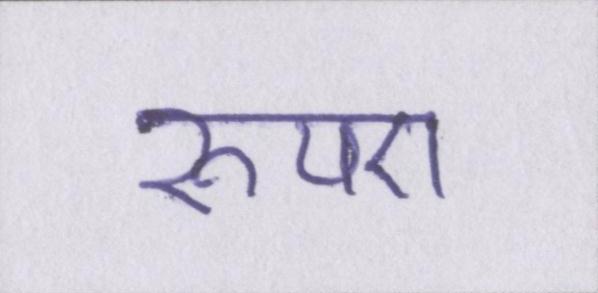
रुपए